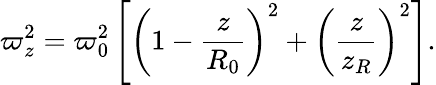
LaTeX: \varpi_{z}^{2}=\varpi_{0}^{2}\left[\left(1-\frac{z}{R_{0}}\right)^{2}+\left(\frac{z}{z_{R}}\right)^{2}\right].